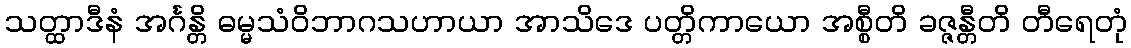
သတ္ထာဒီနံ အင်္ဂန္တိ ဓမ္မသံဝိဘာဂသဟာယာ အာသိဒေ ပတ္တိကာယော အစ္စီတိ ခဇ္ဇန္တီတိ တီရေတုံ